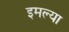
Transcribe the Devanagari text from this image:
इमल्या